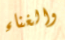
والغناء